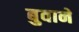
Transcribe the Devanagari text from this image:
बुवाने